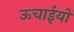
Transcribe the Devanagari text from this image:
ऊचाईयों